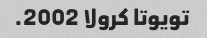
تویوتا کرولا 2002.